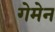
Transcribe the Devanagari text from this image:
गेमेन